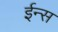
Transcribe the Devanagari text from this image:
ईन्स